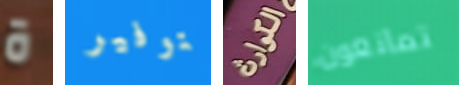
ة بتوفير الكوارث تمانعون